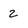
Character: 2